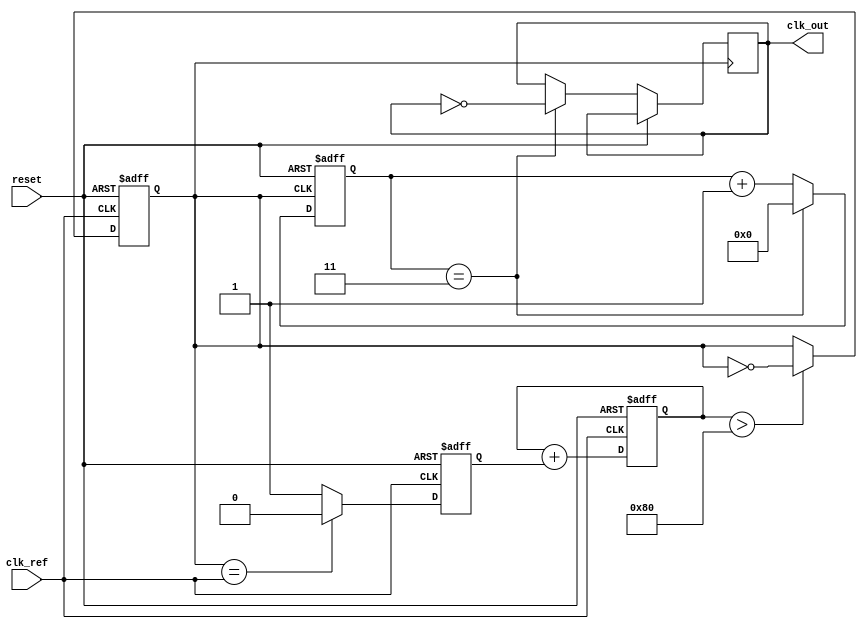
module MemoryBlocksPLL (
    input wire clk_ref,         // Reference clock input
    input wire reset,          // Reset signal
    output wire clk_out        // Output clock
);

// Parameters
parameter N = 4;              // Division factor for frequency divider
parameter MEMORY_SIZE = 8;    // Size of memory blocks

// Internal signals
reg [MEMORY_SIZE-1:0] phase_memory; // Memory for phase information
reg [N-1:0] counter;                // Frequency divider counter
reg vco_output;                     // VCO output signal
reg [7:0] control_voltage;          // Control voltage for VCO
reg phase_error;                    // Phase error signal

// Phase Detector (PD)
always @(posedge clk_ref or posedge reset) begin
    if (reset) begin
        phase_error <= 0;
    end else begin
        // Simple phase comparison logic (for demonstration)
        phase_error <= (vco_output == clk_ref) ? 0 : 1;
        // Store phase information in memory
        phase_memory <= {phase_memory[MEMORY_SIZE-2:0], phase_error};
    end
end

// Loop Filter (LF)
always @(posedge clk_ref or posedge reset) begin
    if (reset) begin
        control_voltage <= 0;
    end else begin
        // Simple first-order filter (for demonstration)
        control_voltage <= control_voltage + phase_error;
    end
end

// Voltage-Controlled Oscillator (VCO)
always @(posedge clk_ref or posedge reset) begin
    if (reset) begin
        vco_output <= 0;
    end else begin
        // VCO output frequency controlled by control voltage
        // Simple toggle logic for demonstration
        if (control_voltage > 128) begin
            vco_output <= ~vco_output; // Toggle output based on control voltage
        end
    end
end

// Frequency Divider
always @(posedge vco_output or posedge reset) begin
    if (reset) begin
        counter <= 0;
    end else begin
        counter <= counter + 1;
        if (counter == N-1) begin
            clk_out <= ~clk_out; // Generate output clock
            counter <= 0;        // Reset counter
        end
    end
end

endmodule